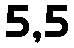
5,5